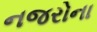
નજરોના